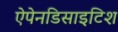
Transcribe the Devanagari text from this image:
ऐपेनडिसाइटिश